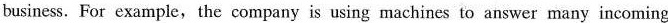
business. FOT example, the company is using machines to answer many incoming